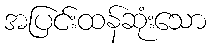
အပြင်းထန်ဆုံးသော